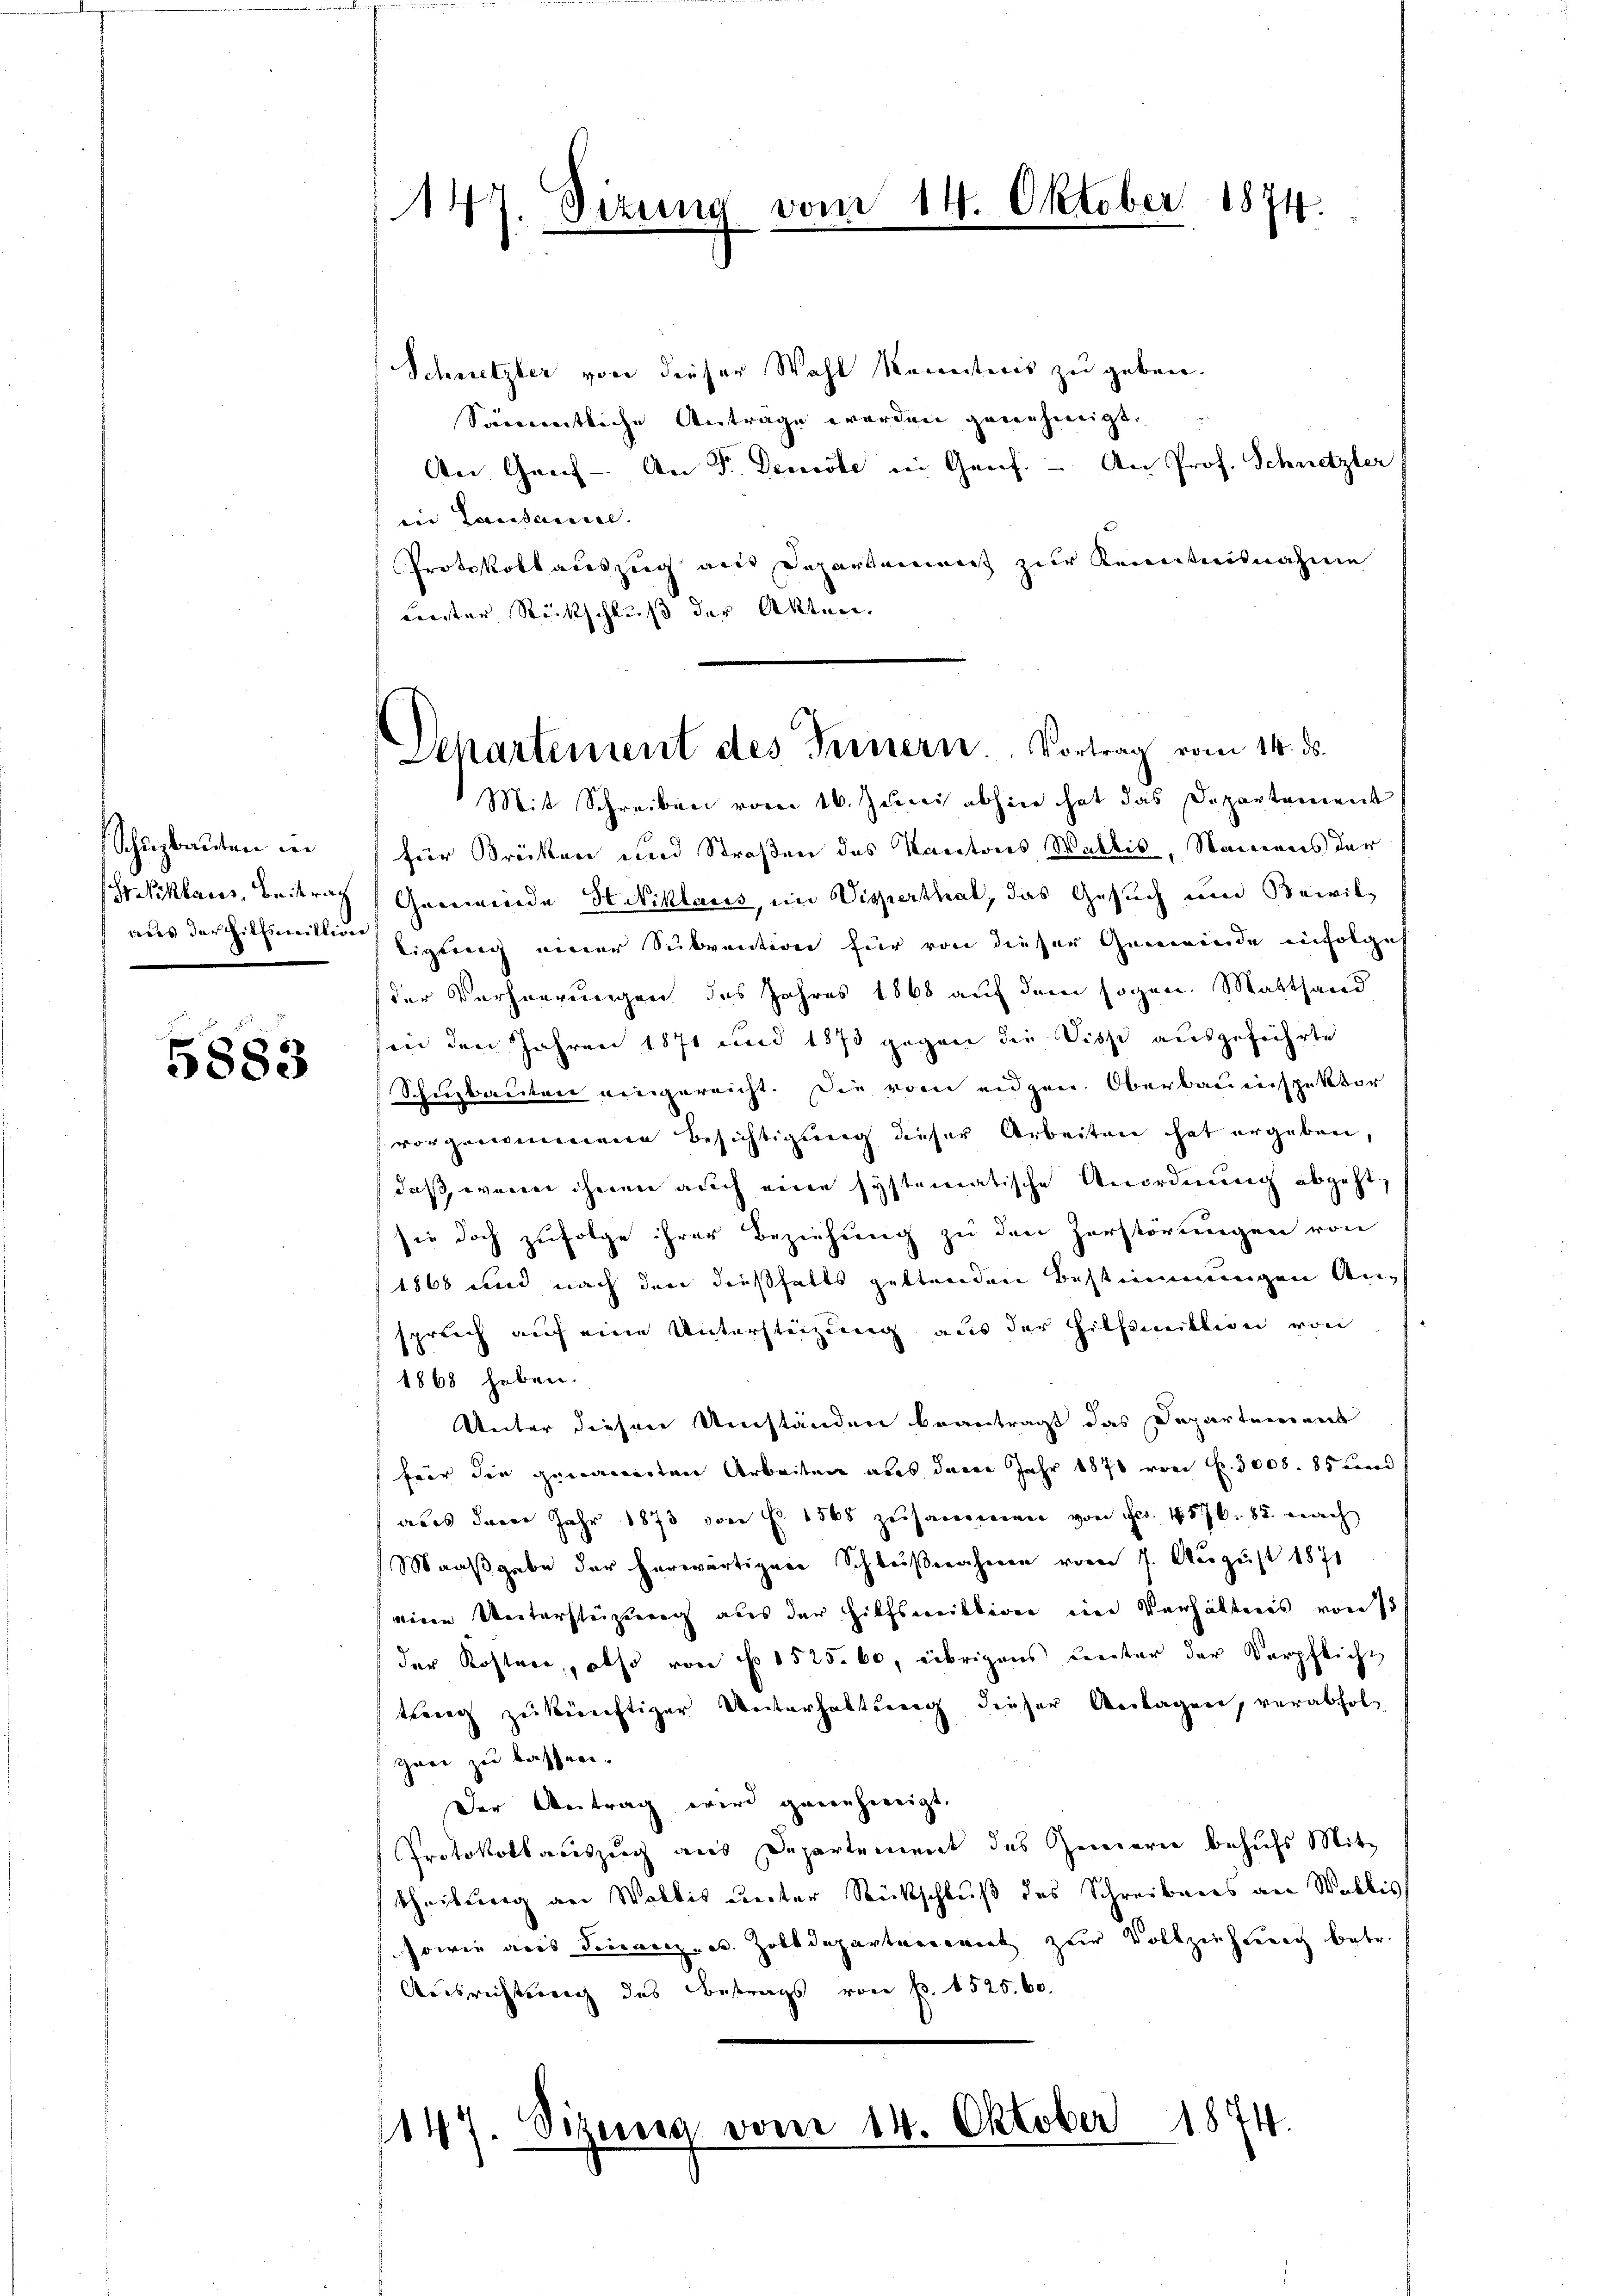
Schuzbauten in
r Niklaus, Beitrag
aus der hilfsmittire

5883

147. Sizung vom 14. Oktober 1874.

Departement des Fernern. Vortrag vom 14. ds.
Mit Schreiben vom 16. Juni abhier hat das Departement

Schnetzler von dieser Wahl kenntnis zu geben.
Sämmtliche Antrage werden genehmigt.
An Graf - An Fr. Densste in Genf. - An Prof. Schnetzler
ein Lausameral. |
Protokollauszug aus Departement zur Kenntnisnahme
unter Rückschluß der Akten.
für Brücken und Straßen des Kantons Wallis, Namens der
Gemeinde Heiklaus, im Wieperthat, das Gesuch und Bewilligteig einer Subvention für von dieser Gemeinde infolges
der Verheerungen des Jahres 1868 auf dem sogen Matthand
in den Jahren 1871 und 1870 gegen die Disse ausgeführte
Schutzbauten eingereicht. Die vom eidgen. Oberbauenspektor
vorgenommene Besichtigung dieser Arbeiten hat ergeben,
daß, wenn ihnen auch eine systematische Anordnung abgeht,
sie doch zufolge ihrer Beziehung zu den Zerstörungen von
1868 und nach den dießfalls geltenden Bestimmungen Ansprech auf eine Unterstützung aus der Hilfsmittwei von
1868 heben.
Unter diesen Umständen beantragt das Departerrent
für die genannten Arbeiten aus dem Jahr 1876 von Fr. 3000. 85 und
aus derer Jahr 1873 von Fr. 1568 zusammen von Fr. 1576. 85. nach
Maaßgabe der herwärtiger Schleißnahmen vom 7. August 1871
eine Unterstüzung aus der Hilfsweiblione ein Verhältnis von 131
der Kostere, also von No 1525. 60, übrigens unter der Verpflicht
treng zukünftiger Unterhaltung dieser Anlagen, verabfolzwei zu basser.
Der Antrag wird genehmigt.
Protokollauszug aus Departement des Zimmern behufs Mittheilung an Wallis unter Rückschluß des Schreibens an Wallis
sowie aus Finanzen. Zolldepartenannt zur Vollziehung betr.
Ausrichtung des Betrags von P. 1525. 60.

144 Sizerisa vom 14. Oktober 1874.
a